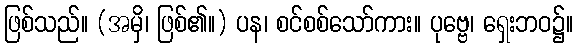
ဖြစ်သည်။ (အမှိ၊ ဖြစ်၏။) ပန၊ စင်စစ်သော်ကား။ ပုဗ္ဗေ၊ ရှေးဘဝ၌။